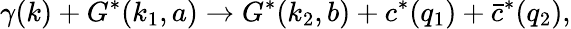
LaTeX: \gamma(k)+G^{*}(k_{1},a)\to G^{*}(k_{2},b)+c^{*}(q_{1})+\bar{c}^{*}(q_{2}),